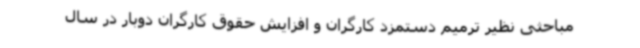
مباحثی نظیر ترمیم دستمزد کارگران و افزایش حقوق کارگران دوبار در سال